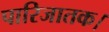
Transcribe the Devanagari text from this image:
पारिजातक।